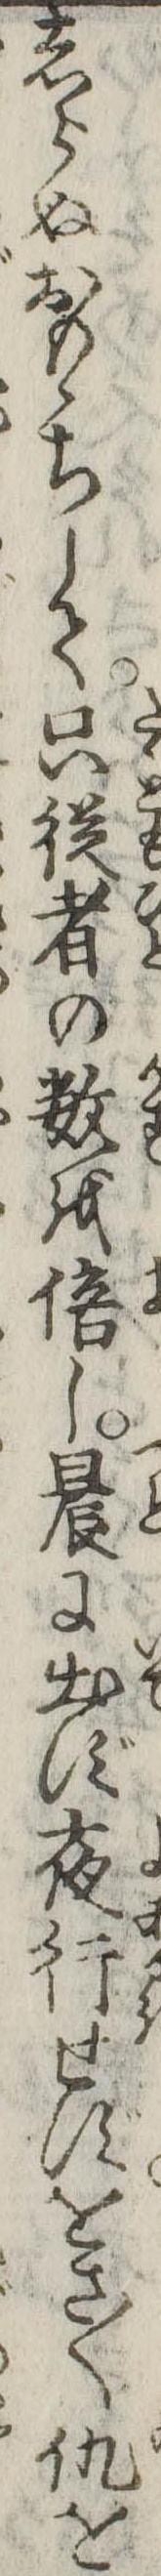
しらぬおもゝちして只従者の数を倍し晨に出ず夜行せずをさ〱仇を